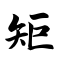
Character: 矩